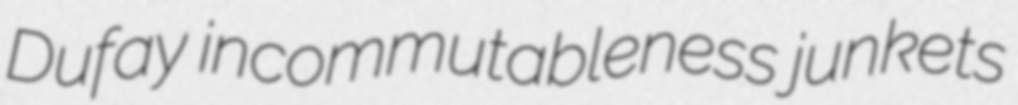
Dufay incommutableness junkets